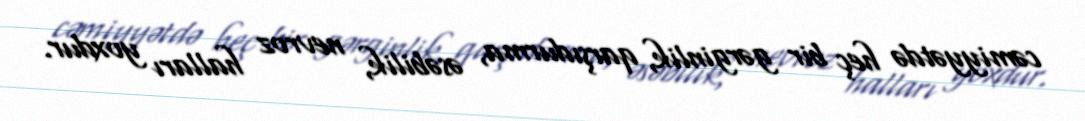
cəmiyyətdə heç bir gərginlik, qarşıdurma, əsəbilik, nevroz halları yoxdur.